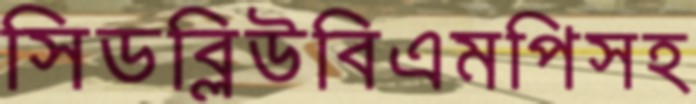
সিডব্লিউবিএমপিসহ